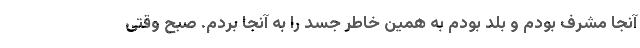
آنجا مشرف بودم و بلد بودم به همین خاطر جسد را به آنجا بردم. صبح وقتی